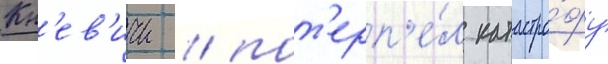
Кн'ев'ичи / пот'ерп'е́л катастро́фу